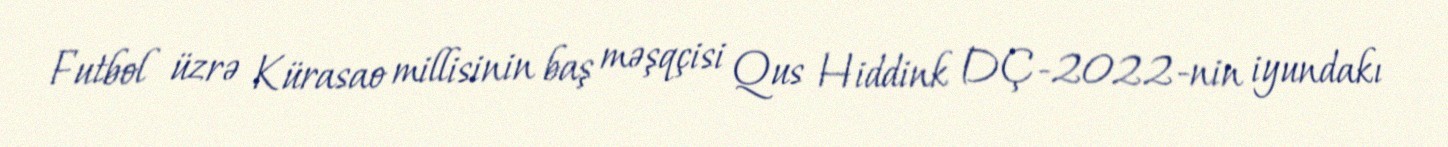
Futbol üzrə Kürasao millisinin baş məşqçisi Qus Hiddink DÇ-2022-nin iyundakı